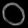
Digit: ၀